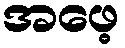
အဖေ့